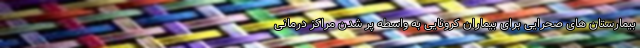
بیمارستان های صحرایی برای بیماران کرونایی به واسطه پر شدن مراکز درمانی